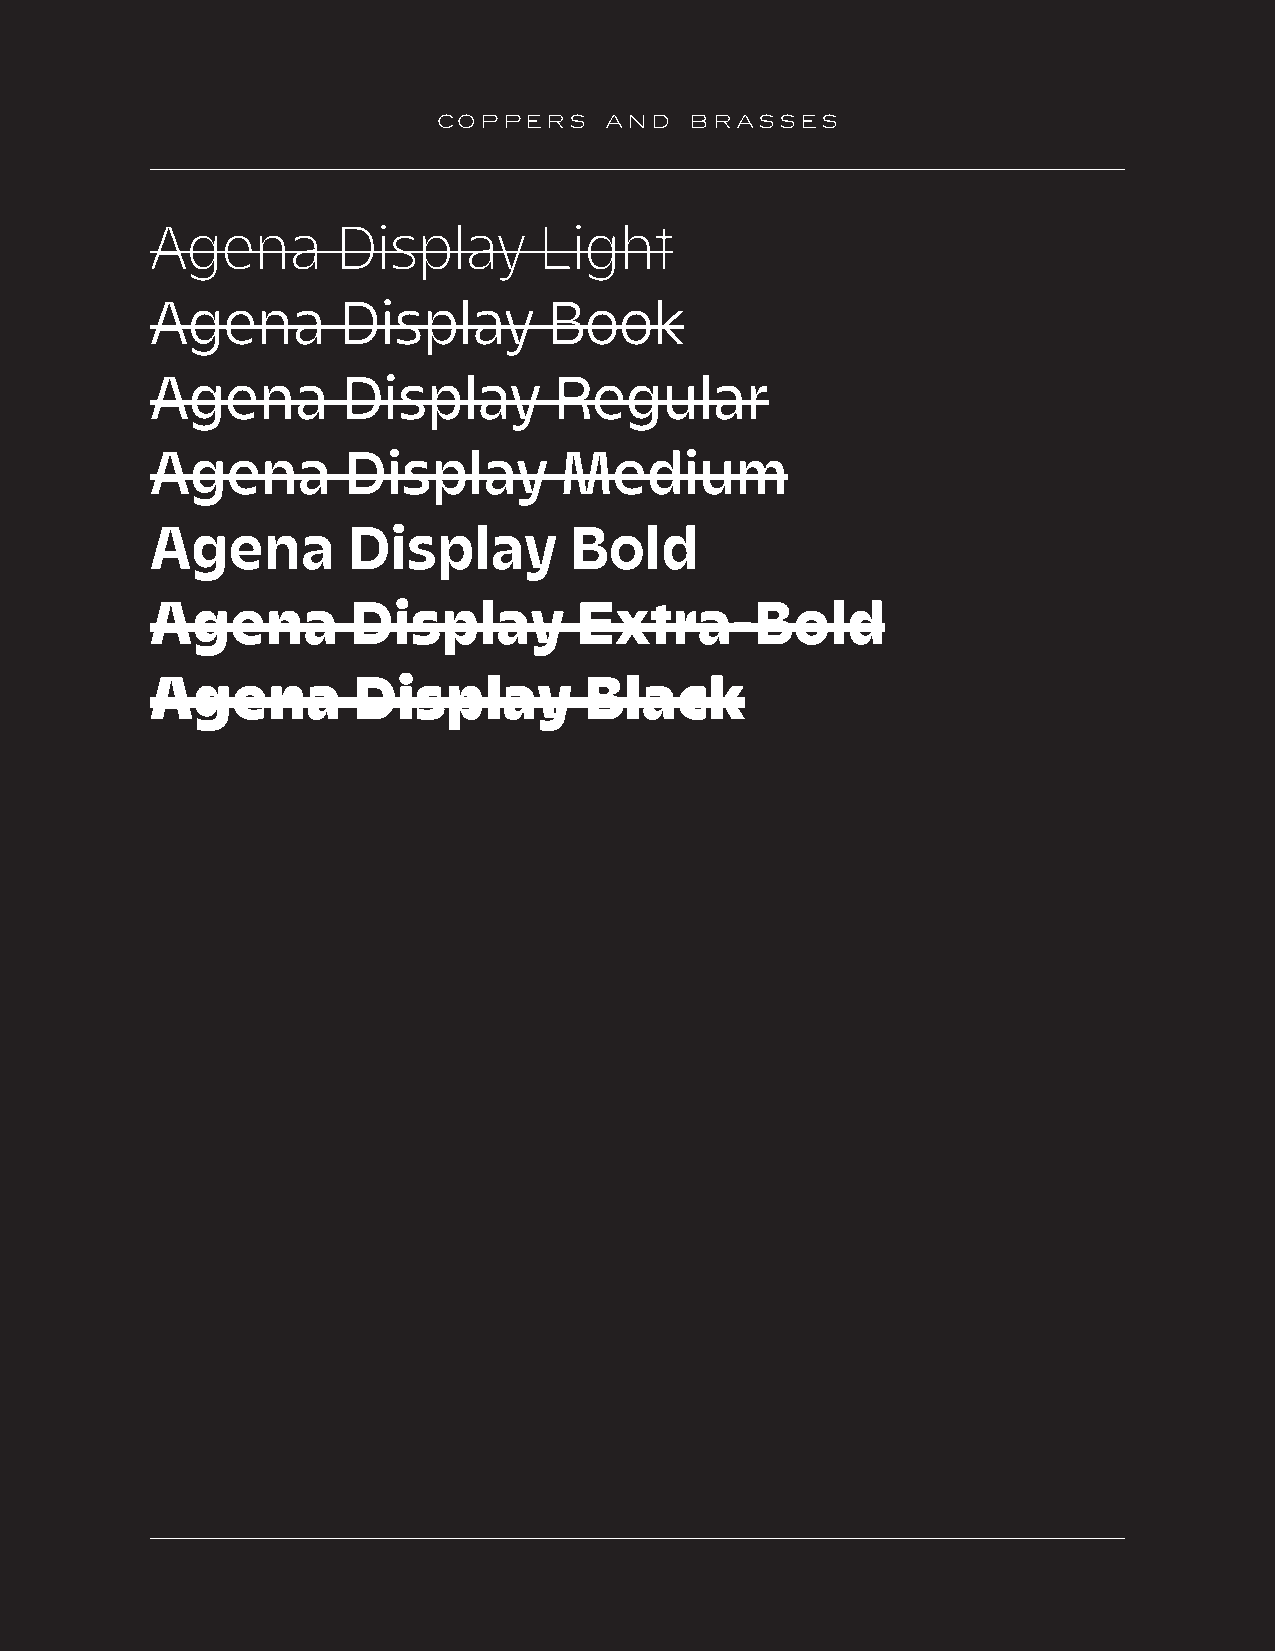
COPPERS    AND   BRASSES
 Agena       Display       Light
 Agena       Display       Book
 Agena        Display       Regular
 Agena        Display       Medium
 Agena        Display        Bold
 Agena        Display        Extra-Bold
 Agena        Display         Black